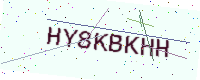
Text: HY8KBKHH